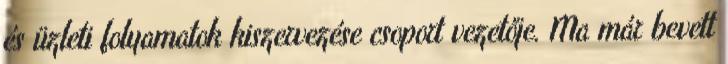
és üzleti folyamatok kiszervezése csoport vezetője. Ma már bevett